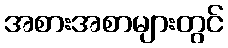
အစားအစာများတွင်